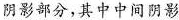
阴影部分，其中中间阴影